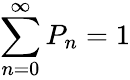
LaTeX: \sum_{n=0}^{\infty}{P_{n}}=1